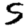
Digit: 5